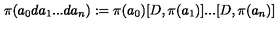
\pi ( a _ { 0 } d a _ { 1 } . . . d a _ { n } ) : = \pi ( a _ { 0 } ) [ D , \pi ( a _ { 1 } ) ] . . . [ D , \pi ( a _ { n } ) ]